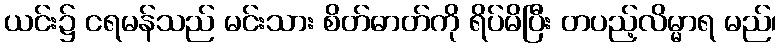
ယင်း၌ ငရမန်သည် မင်းသား စိတ်ဓာတ်ကို ရိပ်မိပြီး တပည့်လိမ္မာရ မည်၊